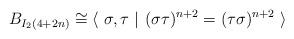
LaTeX: \begin{align*} B_{I_2(4+2n)}\cong \langle \ \sigma, \tau \ \vert \ (\sigma\tau)^{n+2}=(\tau\sigma)^{n+2} \ \rangle\end{align*}